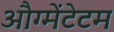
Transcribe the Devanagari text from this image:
औग्मेंटेटम